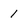
Character: 1